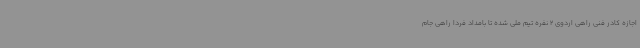
اجازه کادر فنی راهی اردوی 2 نفره تیم ملی شده تا بامداد فردا راهی جام